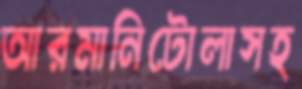
আরমানিটোলাসহ